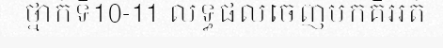
ថ្នាក់ទី10-11 លទ្ធផលចេញមកគឺអត់